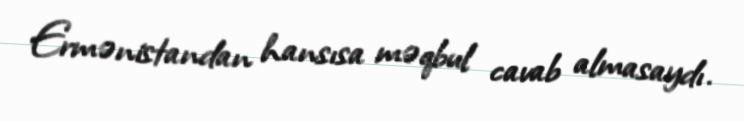
Ermənistandan hansısa məqbul cavab almasaydı.